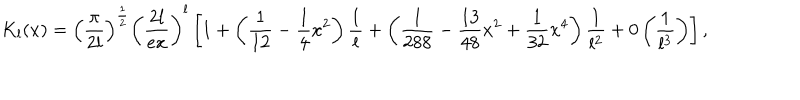
LaTeX: K _ { l } ( x ) = \left( \displaystyle \frac { \pi } { 2 l } \right) ^ { \frac { 1 } { 2 } } \left( \displaystyle \frac { 2 l } { e x } \right) ^ { l } \left[ 1 + \left( \displaystyle \frac { 1 } { 1 2 } - \displaystyle \frac { 1 } { 4 } x ^ { 2 } \right) \displaystyle \frac { 1 } { l } + \left( \displaystyle \frac { 1 } { 2 8 8 } - \displaystyle \frac { 1 3 } { 4 8 } x ^ { 2 } + \displaystyle \frac { 1 } { 3 2 } x ^ { 4 } \right) \displaystyle \frac { 1 } { l ^ { 2 } } + 0 \left( \displaystyle \frac { 1 } { l ^ { 3 } } \right) \right] ,